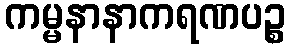
ကမ္မနာနာကရဏပဉ္စ